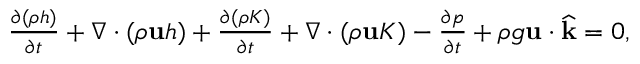
\begin{array} { r } { \frac { \partial ( \rho h ) } { \partial t } + \nabla \cdot ( \rho \mathbf u h ) + \frac { \partial ( \rho K ) } { \partial t } + \nabla \cdot ( \rho \mathbf u K ) - \frac { \partial p } { \partial t } + \rho g \mathbf u \cdot \widehat { \mathbf k } = 0 , } \end{array}